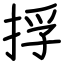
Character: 捊